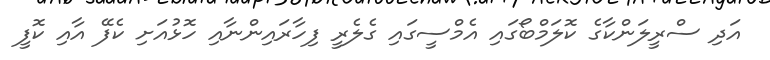
އަދި ސްރީލަންކާގެ ކޮލަމްބޯގައި އެމްސީގައި ގެލެރީ ފިހާރައިންނާއި ހޮޅުއަށި ކެފޭ އާއި ކޮފީ